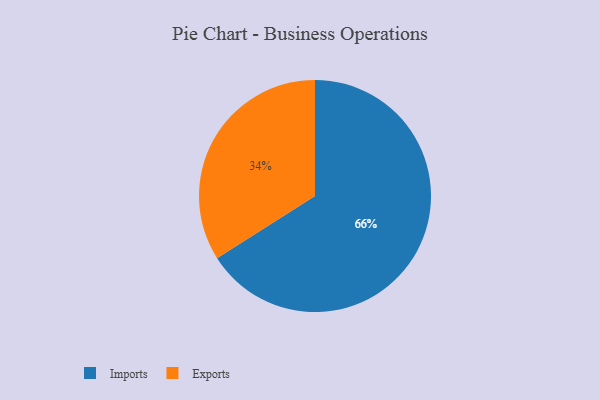
{"axis": {"x": "Category", "y": "Percentage"}, "legend": ["Exports", "Imports"], "data": [{"x": "Imports", "y": 66, "type": "Imports"}, {"x": "Exports", "y": 34, "type": "Exports"}]}